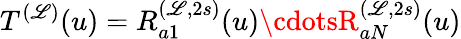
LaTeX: T^{(\mathscr{L})}(u)=R_{a1}^{(\mathscr{L},2s)}(u)\cdotsR_{aN}^{(\mathscr{L},2s)}(u)